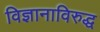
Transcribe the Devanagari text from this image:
विज्ञानाविरुद्ध